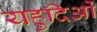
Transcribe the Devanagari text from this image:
यहुदिओं